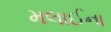
મલાઈના